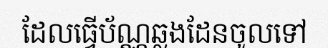
ដែលធ្វើប័ណ្ណឆ្លងដែនចូលទៅ